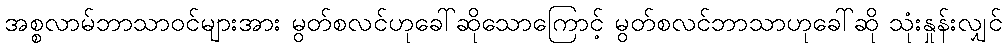
အစ္စလာမ်ဘာသာဝင်များအား မွတ်စလင်ဟုခေါ်ဆိုသောကြောင့် မွတ်စလင်ဘာသာဟုခေါ်ဆို သုံးနှုန်းလျှင်